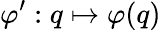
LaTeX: \varphi^{\prime}:q\mapsto\varphi(q)